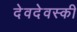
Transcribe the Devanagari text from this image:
देवदेवस्की